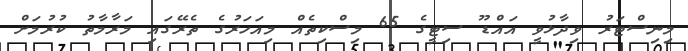
މިނިސްޓަރު ވިދާޅުވީ އައްޑޫ ސިޓީގެ 65 މިސްކިތެއް މިއަހަރުގެ ތެރޭގައި މަރާމާތު ކުރުމަށް